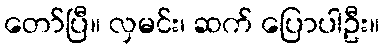
တော်ပြီ။ လှမင်း၊ ဆက် ပြောပါဦး။